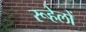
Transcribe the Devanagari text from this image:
रूहेलों